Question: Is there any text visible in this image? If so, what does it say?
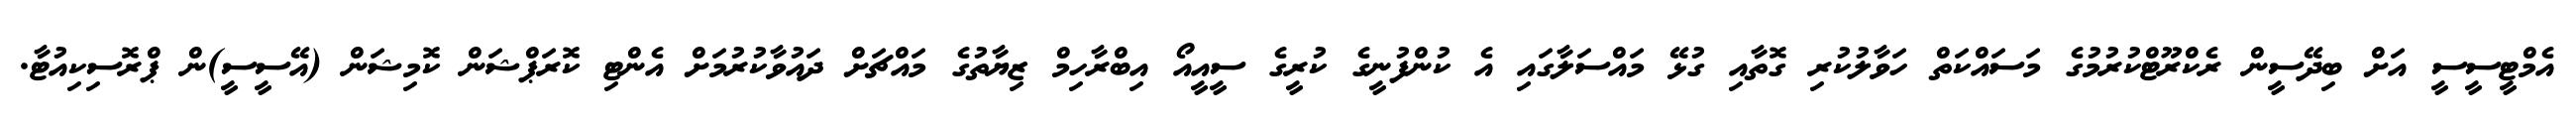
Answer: އެމްޓީސީސީ އަށް ބިދޭސީން ރެކްރޫޓްކުރުމުގެ މަސައްކަތް ހަވާލުކުރި ގޮތާއި ގުޅޭ މައްސަލާގައި އެ ކުންފުނީގެ ކުރީގެ ސީއީއޯ އިބްރާހިމް ޒިޔާތުގެ މައްޗަށް ދައުވާކުރުމަށް އެންޓި ކޮރަޕްޝަން ކޮމިޝަން (އޭސީސީ)ން ޕްރޮސިކިއުޓާ.